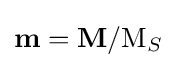
{\textbf {m}}={\textbf {M}}/{\mathrm {M} _{S}}